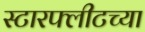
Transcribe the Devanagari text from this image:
स्टारफ्लीटच्या